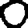
Digit: 0